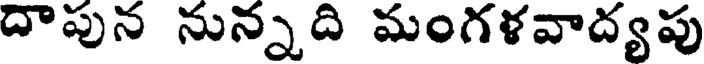
దాపున నున్నది మంగళవాద్యపు